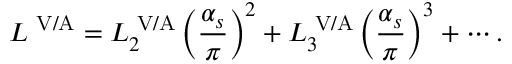
{ \cal L } ^ { \mathrm { \scriptsize ~ V / A } } = { \cal L } _ { 2 } ^ { \mathrm { \scriptsize ~ V / A } } \left( \frac { \alpha _ { s } } { \pi } \right) ^ { 2 } + { \cal L } _ { 3 } ^ { \mathrm { \scriptsize ~ V / A } } \left( \frac { \alpha _ { s } } { \pi } \right) ^ { 3 } + \cdots .